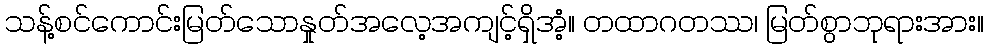
သန့်စင်ကောင်းမြတ်သောနှုတ်အလေ့အကျင့်ရှိအံ့။ တထာဂတဿ၊ မြတ်စွာဘုရားအား။